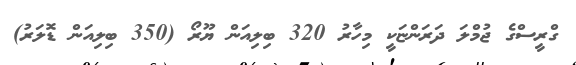
ގްރީސްގެ ޖުމްލަ ދަރަންޏަކީ މިހާރު 320 ބިލިއަން ޔޫރޯ (350 ބިލިއަން ޑޮލަރު)